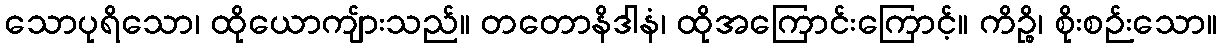
သောပုရိသော၊ ထိုယောကျ်ားသည်။ တတောနိဒါနံ၊ ထိုအကြောင်းကြောင့်။ ကိဉ္စိ၊ စိုးစဉ်းသော။